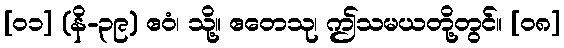
[၀၁] (နိ-၃၉) ဧဝံ၊ သို့။ ဧတေသု၊ ဤသမယတို့တွင်။ [၀၈]